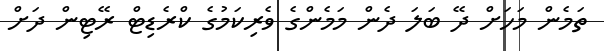
ތަމެން މަހަށް ދޭ ބަލަ ދެން މަމެންގެ ވެރިކަމުގެ ކްރެޑިޓް ރޭޓިން ދަށް